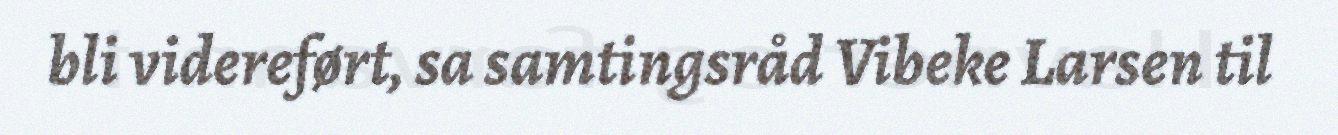
bli videreført, sa samtingsråd Vibeke Larsen til